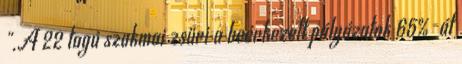
".A 22 tagú szakmai zsűri a beérkezett pályázatok 65%-át